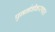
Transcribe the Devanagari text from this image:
पुनर्नवीकरणात